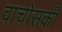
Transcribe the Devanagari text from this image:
वाचोसकी